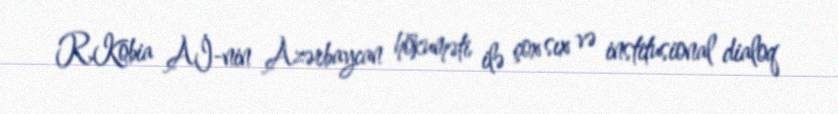
R.Kobia Aİ-nin Azərbaycan hökuməti ilə çox sıx və institusional dialoq